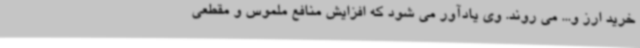
خرید ارز و... می روند. وی یادآور می شود که افزایش منافع ملموس و مقطعی